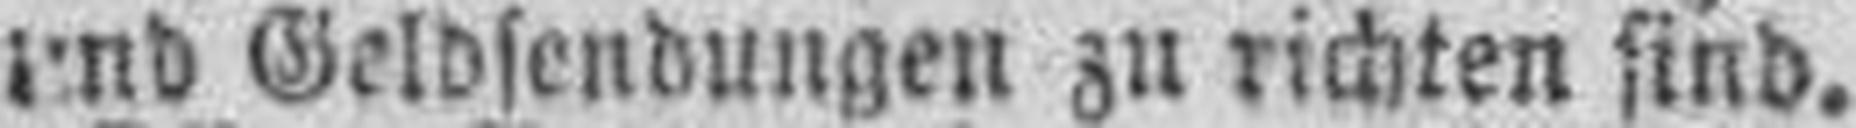
und Geldsendungen zu richten sind.